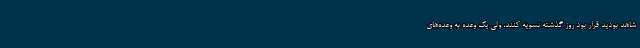
شاهد بودید قرار بود روز گذشته تسویه کنند، ولی یک وعده به وعده‌های